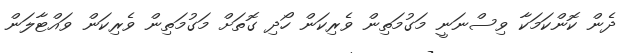
ދެން ކޮންކަމަކާ ވިސްނަނީ މަގުމަތިން ވެރިކަން ހޯދި ގޮތަށް މަގުމަތިން ވެރިކަން ވައްޓާލަން